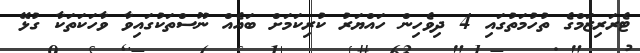
ޓެރަރިޒަމްގެ ތުހުމަތުގައި 4 ދިވެހިން ހައްޔަރު ކުރިކަމަށް ބައެއް ނޫސްތަކުގައިވާ ވާހަކަތަކާ ގުޅޭ